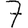
Digit: 7